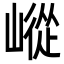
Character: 嵷